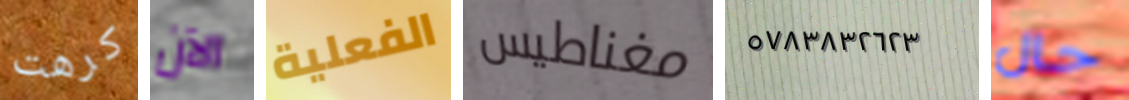
كرهت الآن الفعلية مغناطيس ٥٧٨٣٨٣٢٦٢٣ حال